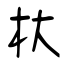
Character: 杕